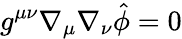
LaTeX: g^{\mu\nu}\nabla_{\mu}\nabla_{\nu}\hat{\phi}=0